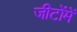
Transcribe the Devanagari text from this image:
जीटोंमें